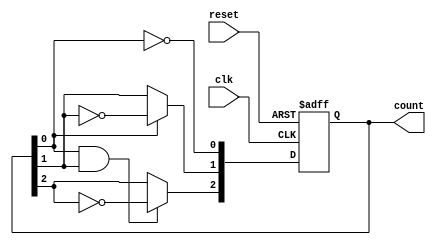
module ripple_counter (
    input wire clk,        // Clock input
    input wire reset,      // Asynchronous active-high reset
    output reg [2:0] count // 3-bit counter output
);

// Always block triggered by the clock and reset
always @(posedge clk or posedge reset) begin
    if (reset) begin
        count <= 3'b000; // Reset the counter to 0
    end else begin
        // Ripple counting logic
        count[0] <= ~count[0]; // Toggle the least significant bit
        count[1] <= count[0] ? ~count[1] : count[1]; // Toggle on count[0] transition
        count[2] <= (count[0] & count[1]) ? ~count[2] : count[2]; // Toggle on count[1] transition
    end
end

endmodule